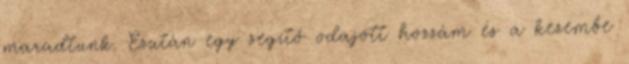
maradtunk. Ezután egy segítő odajött hozzám és a kezembe